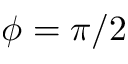
\phi = \pi / 2